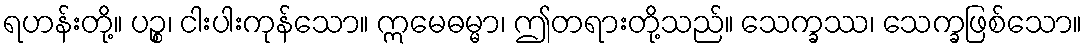
ရဟန်းတို့။ ပဉ္စ၊ ငါးပါးကုန်သော။ ဣမေဓမ္မာ၊ ဤတရားတို့သည်။ သေက္ခဿ၊ သေက္ခဖြစ်သော။